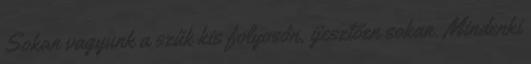
Sokan vagyunk a szűk kis folyosón, ijesztően sokan. Mindenki